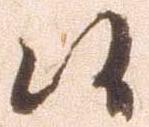
候